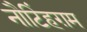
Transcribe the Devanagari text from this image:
नौटिंहग़म